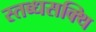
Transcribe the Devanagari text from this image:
स्तब्धसक्थि